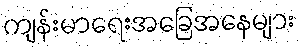
ကျန်းမာရေးအခြေအနေများ